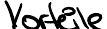
Vorteile